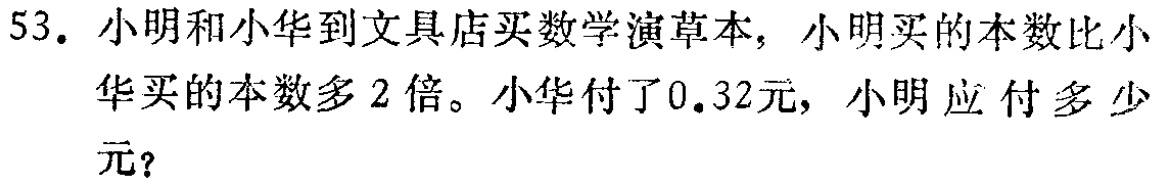
53. 小明和小华到文具店买数学演草本，小明买的本数比小华买的本数多2倍。小华付了0.32元，小明应付多少元？